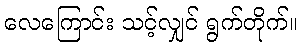
လေကြောင်း သင့်လျှင် ရွက်တိုက်။